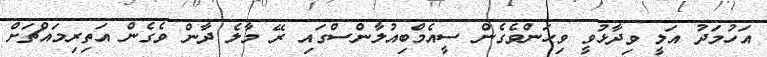
އަހުމަދު އަލީ ވިދާޅުވީ ވިހަންވެގެން ސީއެމްބިއުލާންސްގައި ރޭ މާލެ ދާން ވެގެން އަތިރިމައްޗަށް